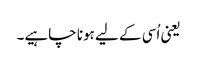
یعنی اُسی کے لیے ہونا چاہیے۔